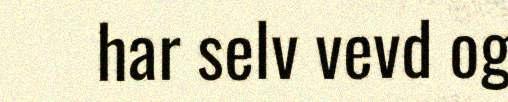
har selv vevd og